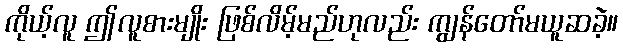
ကိုယ့်လူ ဤလူစားမျိုး ဖြစ်လိမ့်မည်ဟုလည်း ကျွန်တော်မယူဆခဲ့။